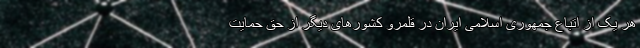
هر یک از اتباع جمهوری اسلامی ایران در قلمرو کشورهای دیگر از حق حمایت